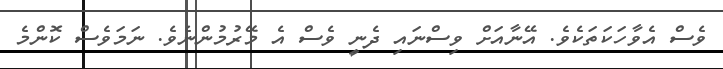
ވެސް އެވާހަކަތަކެވެ. އޭނާއަށް ވިސްނައި ދެނީ ވެސް އެ މޭރުމުންނެވެ. ނަމަވެސް ކޮންމެ